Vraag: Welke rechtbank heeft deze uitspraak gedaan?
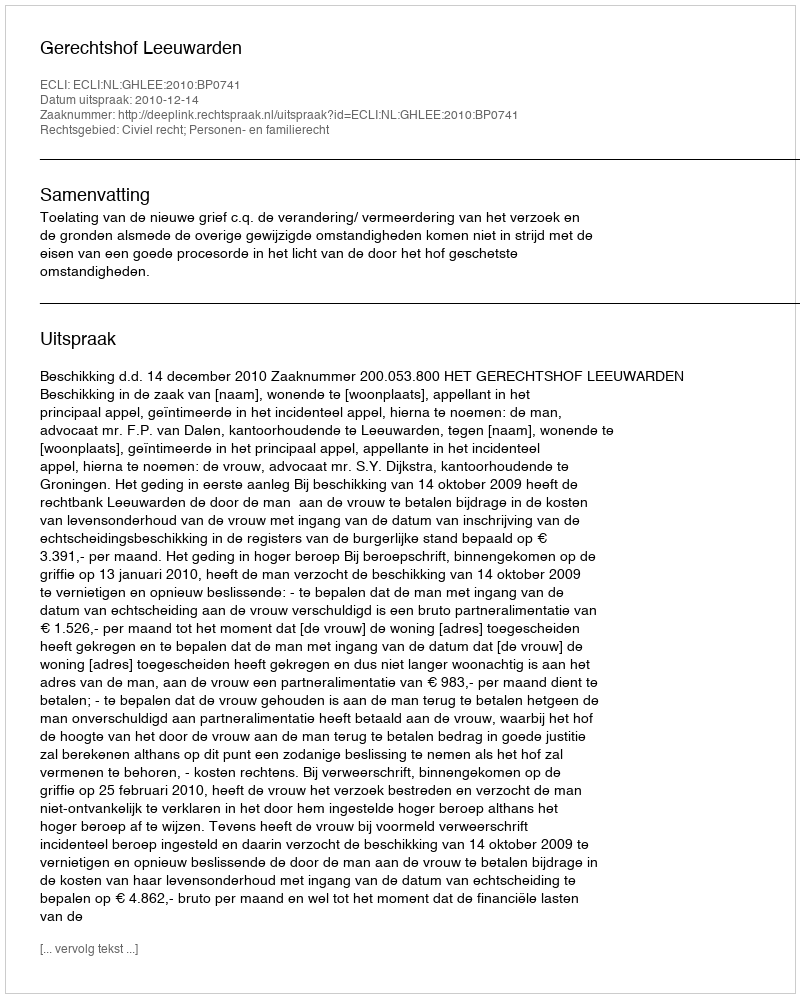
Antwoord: Gerechtshof Leeuwarden